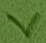
Text: V